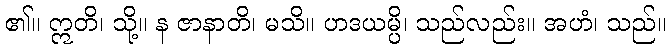
၏။ ဣတိ၊ သို့။ န ဇာနာတိ၊ မသိ။ ဟဒယမ္ပိ၊ သည်လည်း။ အဟံ၊ သည်။